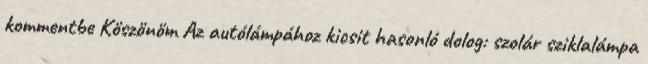
kommentbe Köszönöm Az autólámpához kicsit hasonló dolog: szolár sziklalámpa